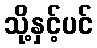
သို့နှင့်ပင်